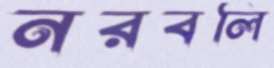
নরবলি